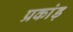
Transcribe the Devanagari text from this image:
प्रकांड़